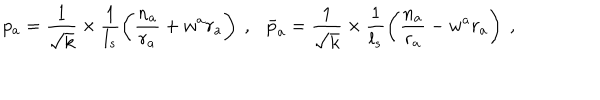
p _ { a } = \frac { 1 } { \sqrt { k } } \times \frac { 1 } { l _ { s } } \left( \frac { n _ { a } } { r _ { a } } + w ^ { a } r _ { a } \right) ~ , \bar { p } _ { a } = \frac { 1 } { \sqrt { k } } \times \frac { 1 } { l _ { s } } \left( \frac { n _ { a } } { r _ { a } } - w ^ { a } r _ { a } \right) ~ ,